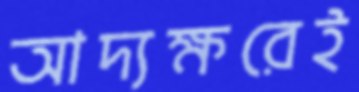
আদ্যক্ষরেই